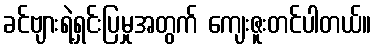
ခင်ဗျားရဲ့ရှင်းပြမှုအတွက် ကျေးဇူးတင်ပါတယ်။